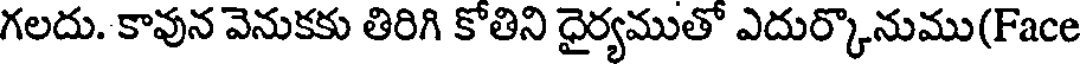
గలదు. కావున వెనుకకు తిరిగి కోతిని ధైర్యముతో ఎదుర్కొనుము(Face